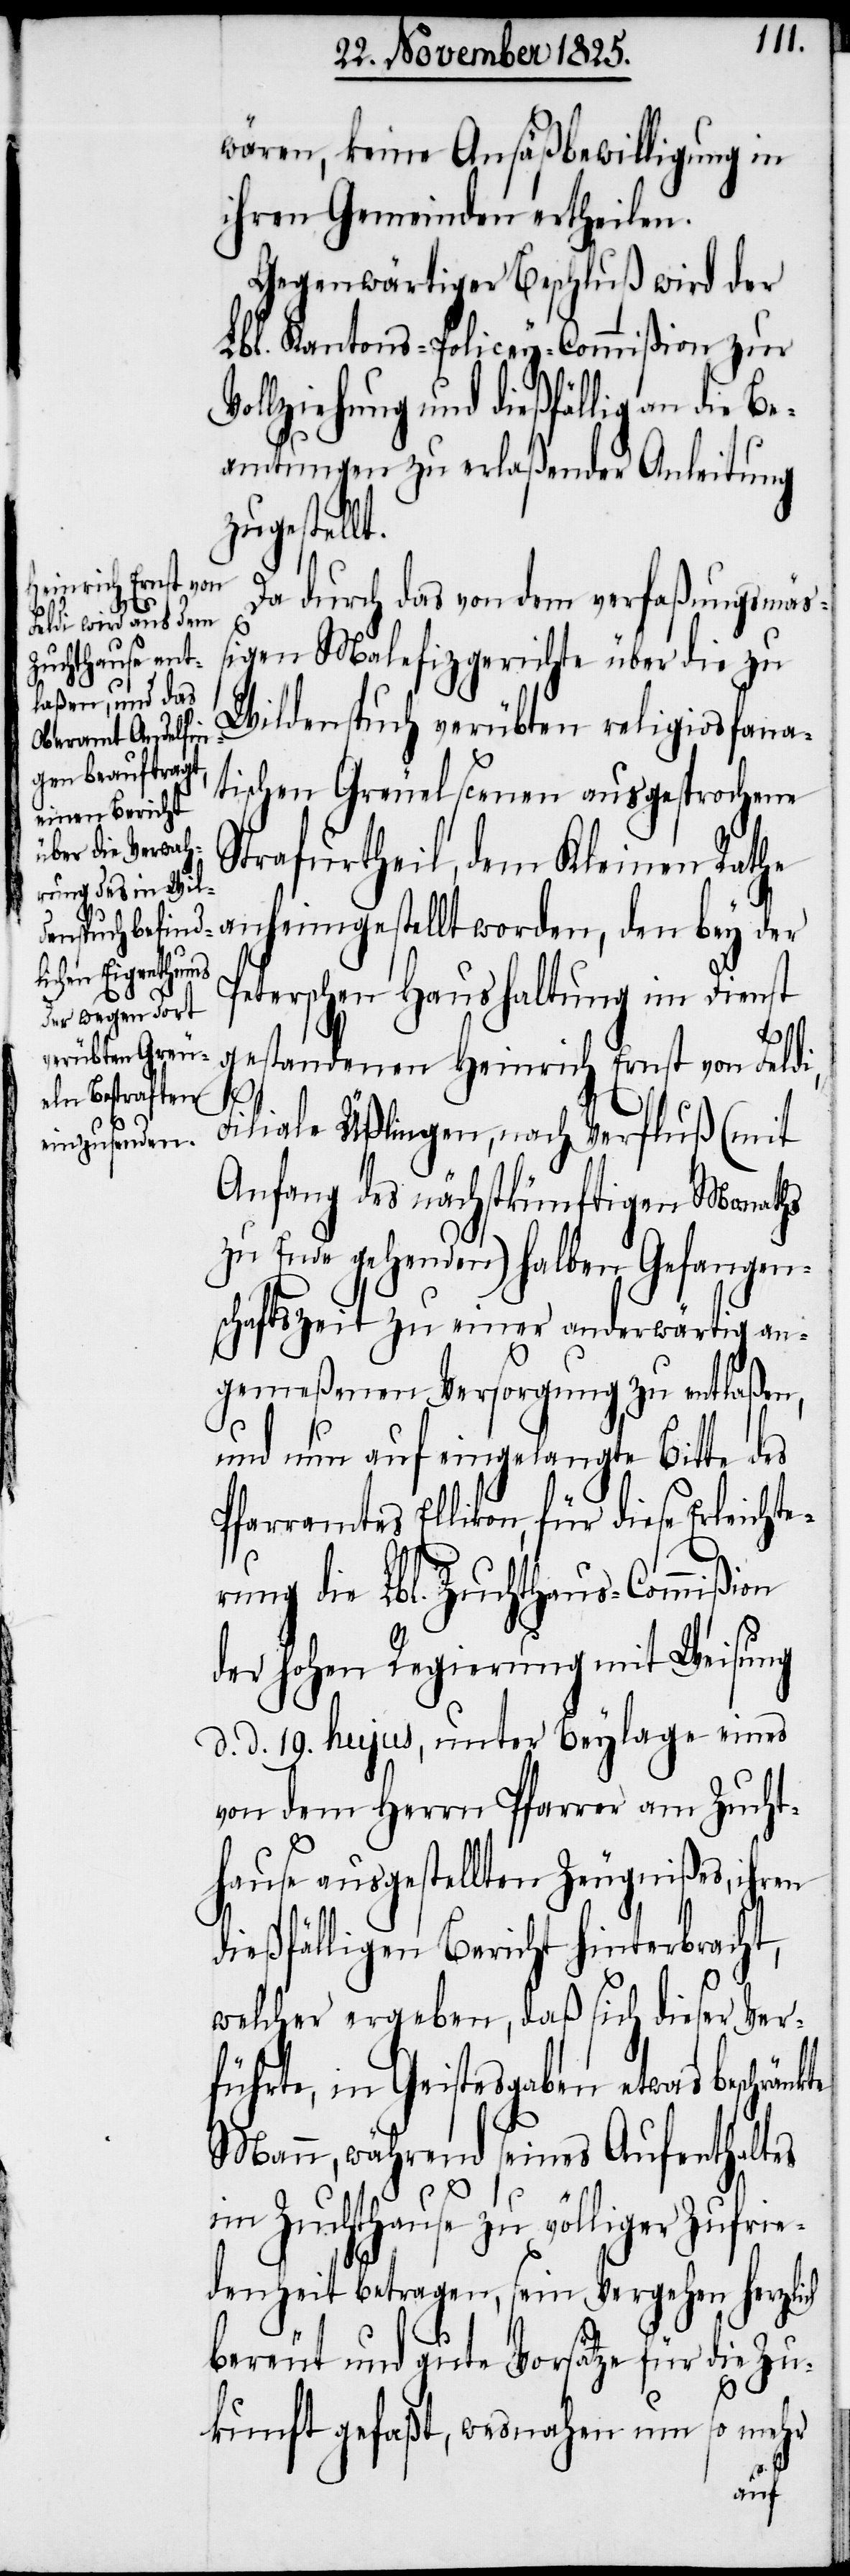
wären, keine Ansäßbewilligung in
ihren Gemeinden ertheilen.
Gegenwärtiger Beschluß wird der
Lbl. Kantons-Policey-Commißion zur
ollziehung und dießfällig an die Be¬
amtungen zu erlaßender Anleitung
zugestellt.
Da durch das von dem verfaßungsmäß¬
igen Malefizgerichte über die zu
Wildenspuch verübten religios fana¬
tischen Greuelscenen ausgesprochene
Strafurtheil, dem Kleinen Rathe
anheimgestellt worden, den bey der
Peterschen Haushaltung im Dienst
gestandenen Heinrich Ernst von Feldi,
V¬
Filiale Üßlingen, nach Verfluß (mit
Anfang des nächstkünftigen Monaths
zu Ende gehenden) halben Gefangen¬
schaftszeit zu einer anderwärtig an¬
gemeßenen Versorgung zu entlaßen,
und nun auf eingelangte Bitte des
Pfarramtes Ellikon, für diese Erleichte¬
rung die Lbl. Zuchthaus-Commißion
der hohen Regierung mit Weisung
d. d. 19. hujus, unter Beylage eines
von dem Herrn Pfarrer am Zucht¬
hause ausgestellten Zeugnißes, ihren
dießfälligen Bericht hinterbracht,
welcher ergeben, daß sich dieser Ver¬
führte, in Geistesgaben etwas beschränk¬
Mann, während seines Aufenthaltes
te
im Zuchthause zu völliger Zufrie¬
denheit betragen, sein Vergehen herzlich
bereut und gute Vorsätze für die Zu¬
kunft gefaßt, wesnahen um so mehr